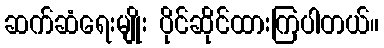
ဆက်ဆံရေးမျိုး ပိုင်ဆိုင်ထားကြပါတယ်။